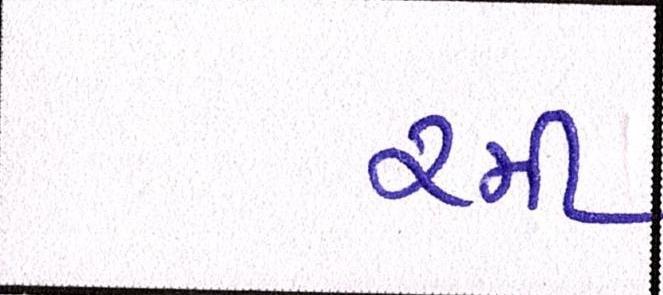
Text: રમી